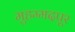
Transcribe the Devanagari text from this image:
मुहम्मदपूर